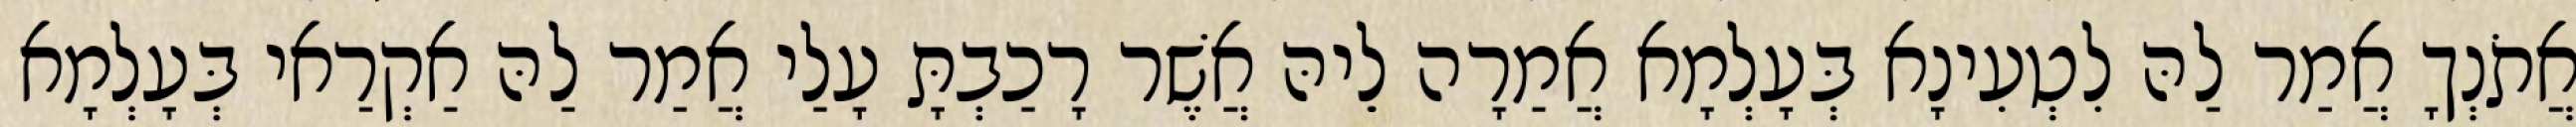
אֲתֹנְךָ אֲמַר לַהּ לִטְעִינָא בְּעָלְמָא אֲמַרָה לֵיהּ אֲשֶׁר רָכַבְתָּ עָלַי אֲמַר לַהּ אַקְרַאי בְּעָלְמָא